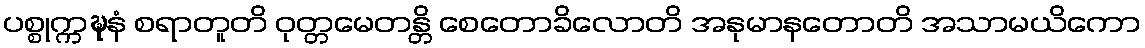
ပစ္စုက္ကဍ္ဎနံ စရာတူတိ ဝုတ္တမေတန္တိ စေတောခိလောတိ အနုမာနတောတိ အသာမယိကော